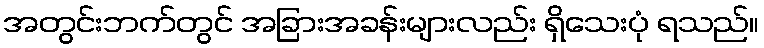
အတွင်းဘက်တွင် အခြားအခန်းများလည်း ရှိသေးပုံ ရသည်။